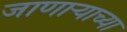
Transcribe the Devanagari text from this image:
जाणार्‍याच्या